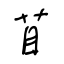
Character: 苜